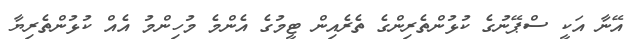
އޭނާ އަކީ ސްޕޭނުގެ ކުޅުންތެރިންގެ ތެރެއިން ޓީމުގެ އެންމެ މުހިންމު އެއް ކުޅުންތެރިޔާ